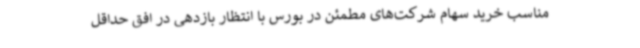
مناسب خرید سهام شرکت‌های مطمئن در بورس با انتظار بازدهی در افق حداقل